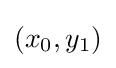
(x_{0},y_{1})